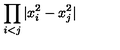
\displaystyle { \prod _ { i < j } | x _ { i } ^ { 2 } - x _ { j } ^ { 2 } | }